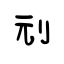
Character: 刓